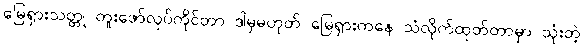
မြေရှားသတ္တု တူးဖော်လုပ်ကိုင်တာ ဒါမှမဟုတ် မြေရှားကနေ သံလိုက်ထုတ်တာမှာ သုံးတဲ့